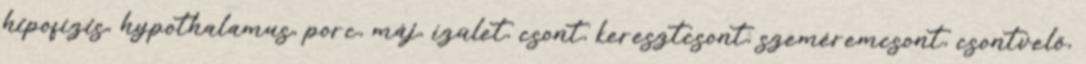
hipofízis, hypothalamus, porc, máj, ízület, csont, keresztcsont, szeméremcsont, csontvelő,